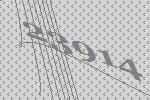
23914